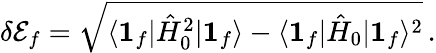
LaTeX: \delta{\cal E}_{f}=\sqrt{\langle{\boldsymbol 1}_{f}|\hat{H}_{0}^{2}|{\boldsymbol 1}_{f}\rangle-\langle{\boldsymbol 1}_{f}|\hat{H}_{0}|{\boldsymbol 1}_{f}\rangle^{2}}\, .